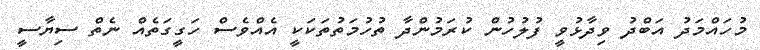
މުހައްމަދު އަބްދު ވިދާޅުވީ ފުލުހުން ކުރަމުންދާ ތުހުމަތުތަކަކީ އެއްވެސް ހަގީގަތެއް ނެތް ސިޔާސީ